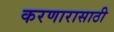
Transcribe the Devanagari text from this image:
करणारासाठी